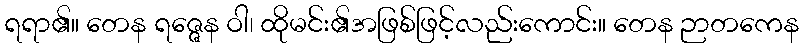
ရရာ၏။ တေန ရဇ္ဇေန ဝါ၊ ထိုမင်း၏အဖြစ်ဖြင့်လည်းကောင်း။ တေန ဉာတကေန